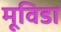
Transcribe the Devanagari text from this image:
मूविडा